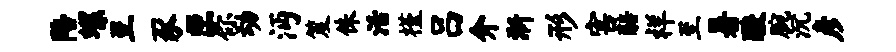
陪螺至豕匣你动沔笈侏活槿吕介淅形害醅祥至暑酸腕沉彦